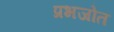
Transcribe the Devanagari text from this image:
प्रभजोत